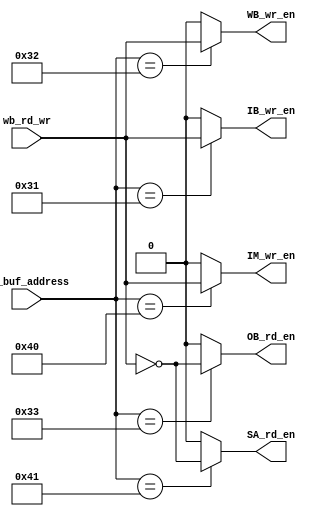
module wb_rd_wr_buf#(
	parameter WIDTH_ADD = 8

)(
	input wb_rd_wr,
	input [WIDTH_ADD - 1 : 0] wb_buf_address,
	
	output reg IB_wr_en,
	output reg WB_wr_en,
	output reg IM_wr_en,
	output reg OB_rd_en,
	output reg SA_rd_en


);
	always @(*) 							// RICHA : To be converted to Combinational Logic.
	begin
		case(wb_buf_address)
			8'h31:
			begin
				IB_wr_en = wb_rd_wr;
				WB_wr_en = 0;
				IM_wr_en = 0;
				OB_rd_en = 0;
				SA_rd_en = 0;
			end

			8'h32:
			begin
				IB_wr_en = 0;
				WB_wr_en = wb_rd_wr;
				IM_wr_en = 0;
				OB_rd_en = 0;
				SA_rd_en = 0;
			end

			8'h33:
			begin
				IB_wr_en = 0;
				WB_wr_en = 0;
				IM_wr_en = 0;
				OB_rd_en = ~wb_rd_wr;
				SA_rd_en = 0;
			end

			8'h40:
			begin
				IB_wr_en = 0; 
				WB_wr_en = 0;
				IM_wr_en = wb_rd_wr;
				OB_rd_en = 0;
				SA_rd_en = 0;
			end

			8'h41:
			begin
				IB_wr_en = 0; 
				WB_wr_en = 0;
				IM_wr_en = 0;
				OB_rd_en = 0;
				SA_rd_en = ~wb_rd_wr;
			end
			default:
			begin
				IB_wr_en = 0; 
				WB_wr_en = 0;
				IM_wr_en = 0;
				OB_rd_en = 0;
				SA_rd_en = 0;
			end

		endcase
	end				// always ended

endmodule